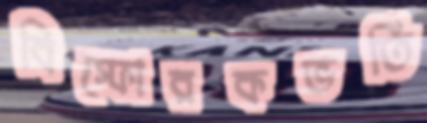
বিস্ফোরকভর্তি